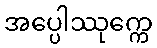
အပ္ပေါဿုက္ကေ